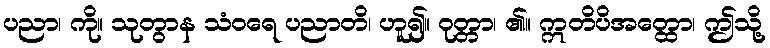
ပညာ၊ ကို။ သုတွာန သံဝရေ ပညာတိ၊ ဟူ၍။ ဝုတ္တာ၊ ၏။ ဣတိပိအတ္ထော၊ ဤသို့